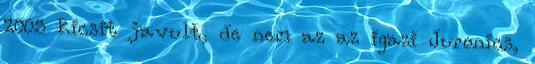
2005 kicsit javult, de nem az az igazi Juronics,